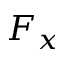
F _ { x }